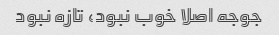
جوجه اصلا خوب نبود، تازه نبود